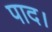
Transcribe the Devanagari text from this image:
पाद।